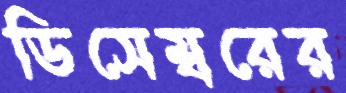
ডিসেম্বরের